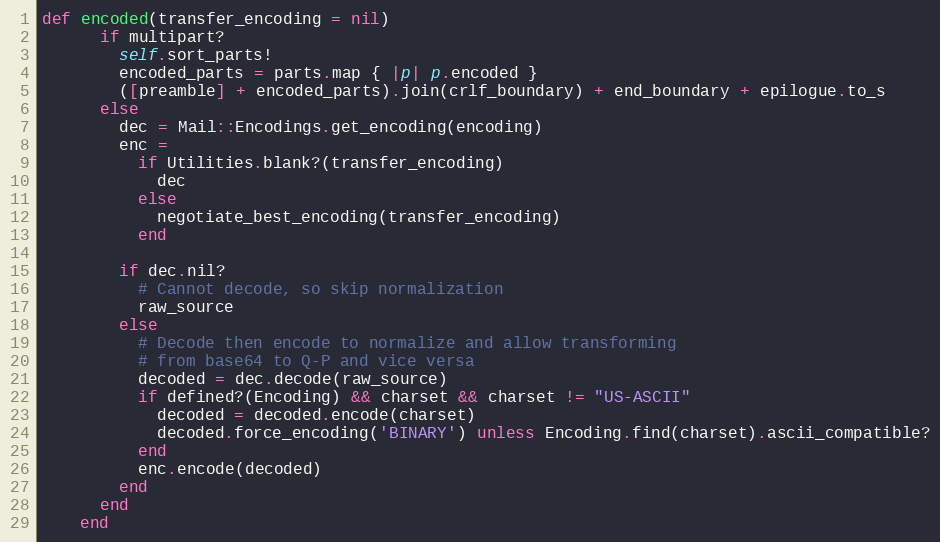
Language: Ruby
def encoded(transfer_encoding = nil)
      if multipart?
        self.sort_parts!
        encoded_parts = parts.map { |p| p.encoded }
        ([preamble] + encoded_parts).join(crlf_boundary) + end_boundary + epilogue.to_s
      else
        dec = Mail::Encodings.get_encoding(encoding)
        enc =
          if Utilities.blank?(transfer_encoding)
            dec
          else
            negotiate_best_encoding(transfer_encoding)
          end

        if dec.nil?
          # Cannot decode, so skip normalization
          raw_source
        else
          # Decode then encode to normalize and allow transforming
          # from base64 to Q-P and vice versa
          decoded = dec.decode(raw_source)
          if defined?(Encoding) && charset && charset != "US-ASCII"
            decoded = decoded.encode(charset)
            decoded.force_encoding('BINARY') unless Encoding.find(charset).ascii_compatible?
          end
          enc.encode(decoded)
        end
      end
    end